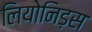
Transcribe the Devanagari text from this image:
लियोनिड़स